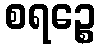
စရဉ္စေ